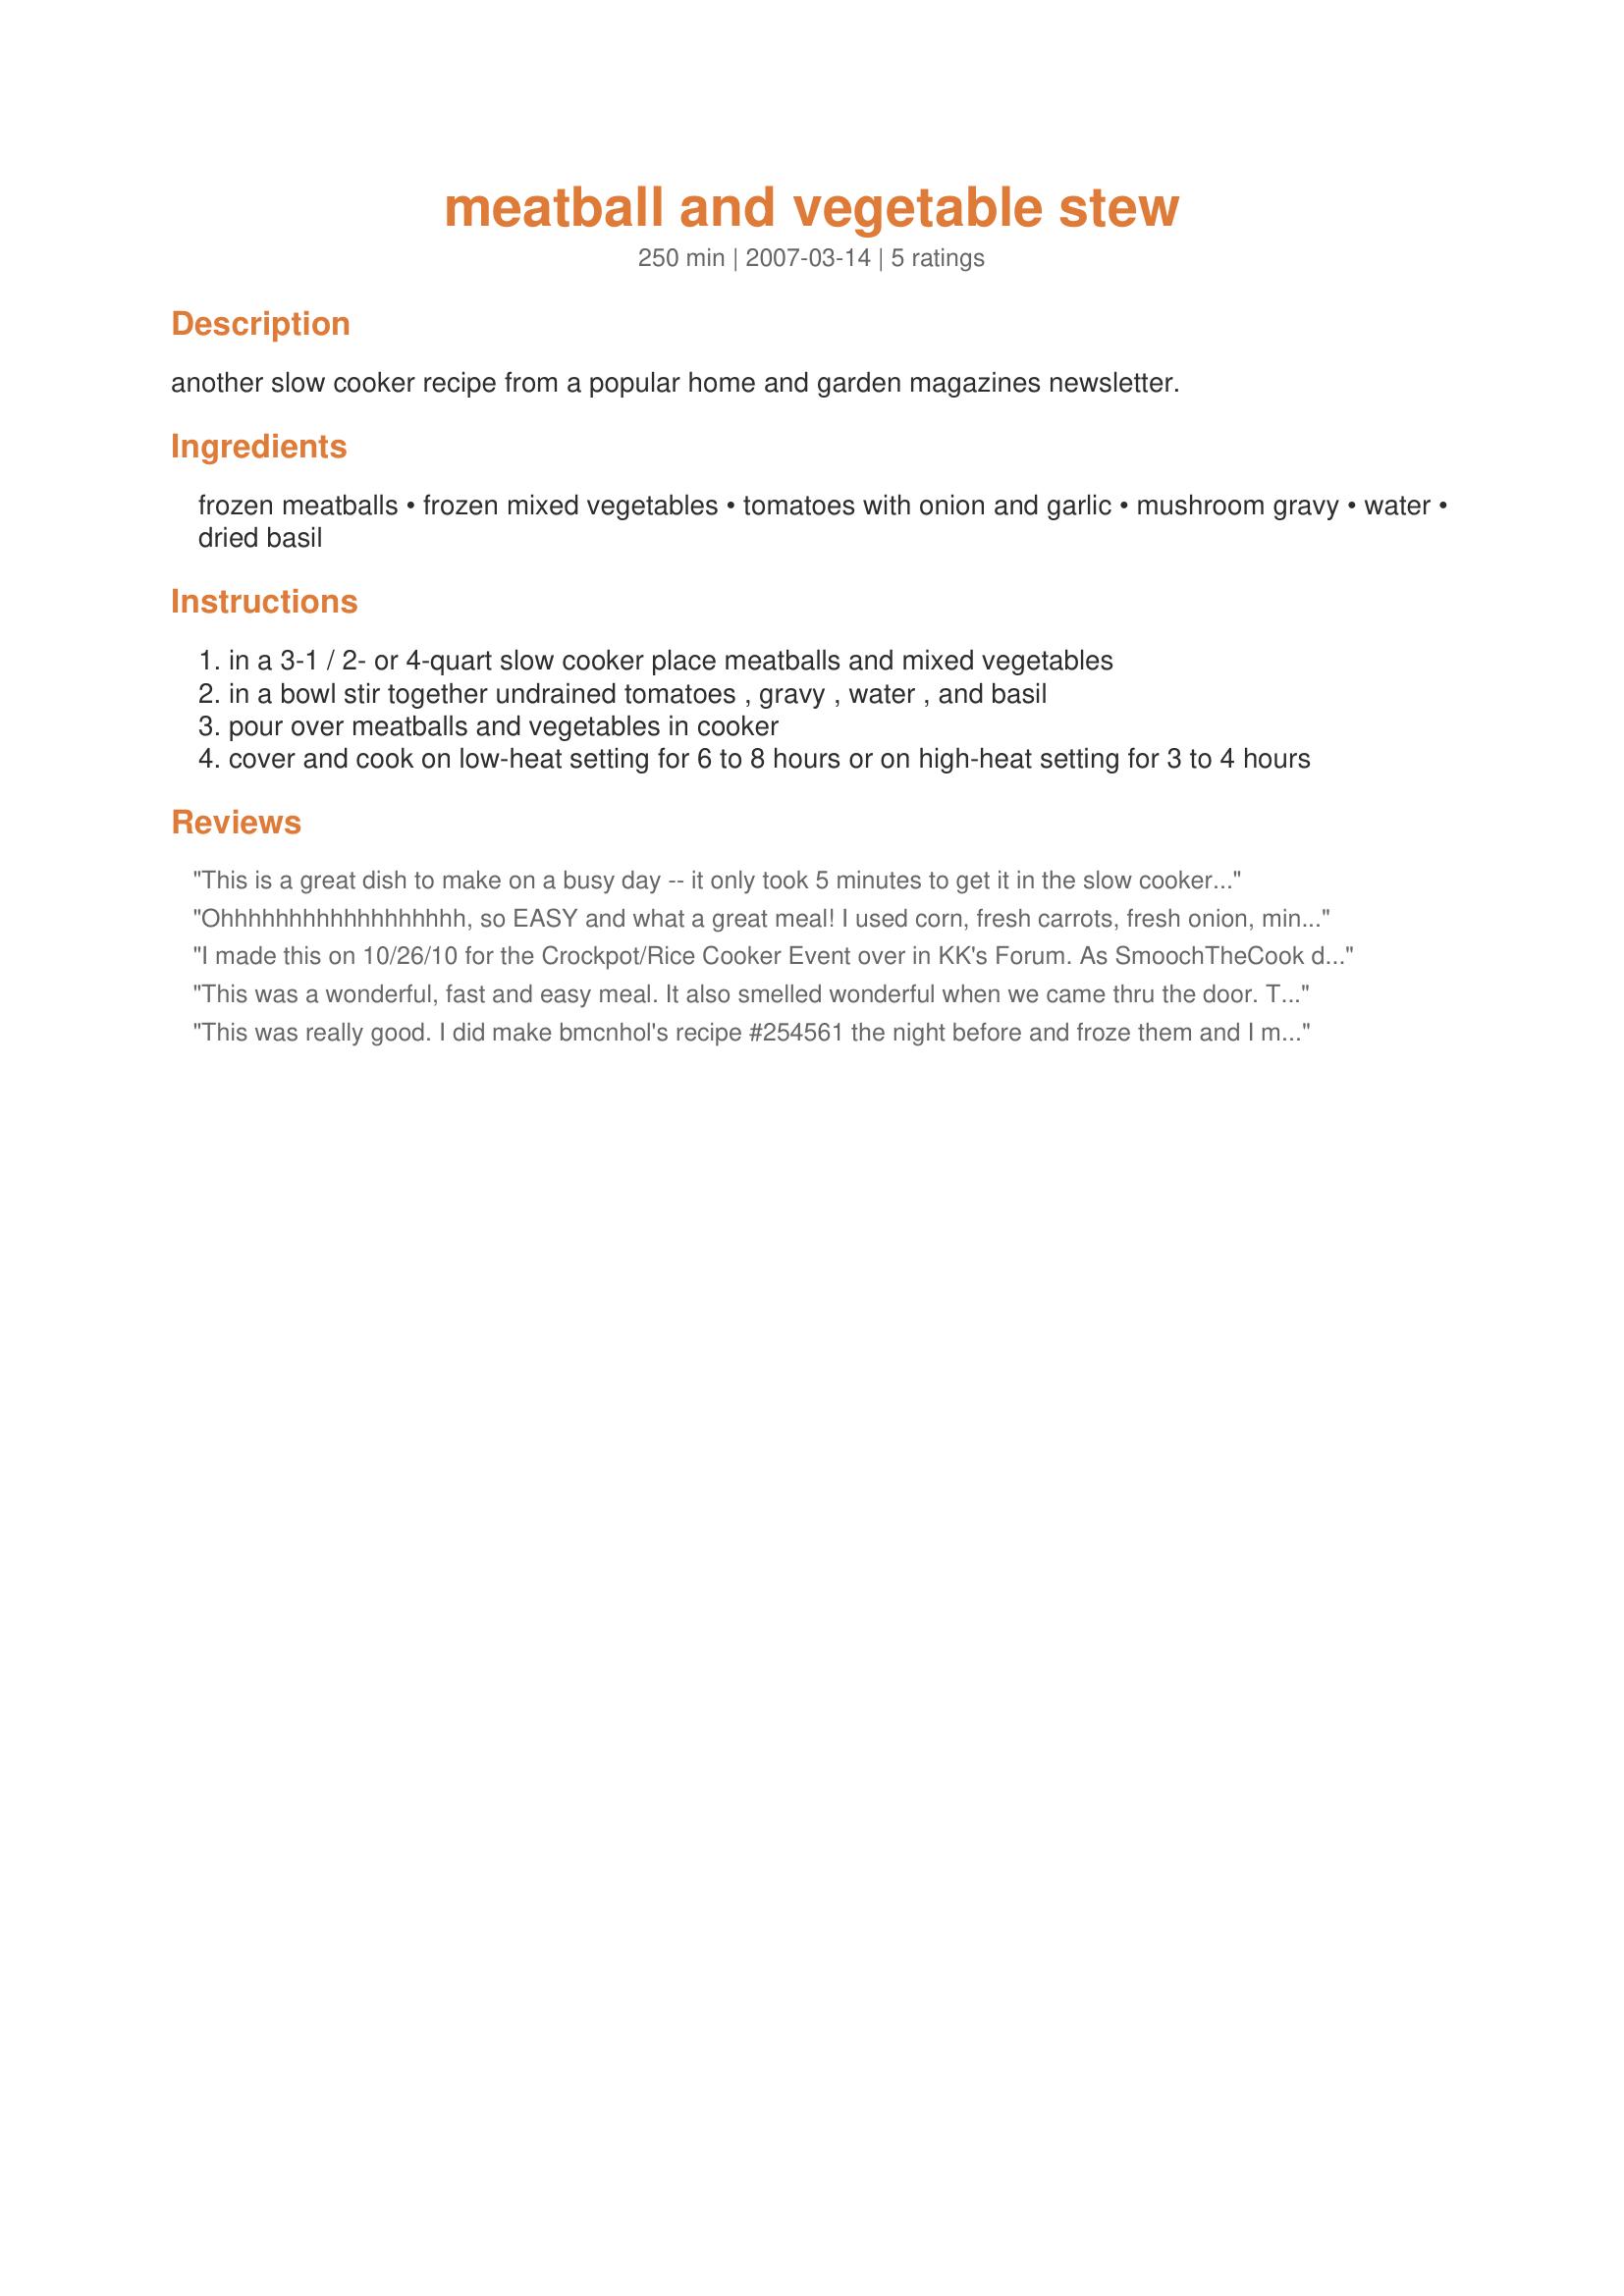
meatball and vegetable stew
Preparation time: 250 minutes

another slow cooker recipe from a popular home and garden magazines newsletter.

Ingredients:
frozen meatballs, frozen mixed vegetables, tomatoes with onion and garlic, mushroom gravy, water, dried basil

Steps:
in a 3-1 / 2- or 4-quart slow cooker place meatballs and mixed vegetables
in a bowl stir together undrained tomatoes , gravy , water , and basil
pour over meatballs and vegetables in cooker
cover and cook on low-heat setting for 6 to 8 hours or on high-heat setting for 3 to 4 hours

Reviews:
This is a great dish to make on a busy day -- it only took 5 minutes to get it in the slow cooker!! We enjoyed it, but the meatballs were mushy and kind of bland; I bought Armour brand. Maybe another kind would be better, but I will certainly try it again. (Maybe I'll save some meatballs from making spaghetti; since you put them in frozen, it's a real time saver.) There is enough yummy gravy left that next time I will make rice to go with it. This is a good recipe with hardly any prep time for a busy cook. Thanks, Lauralie41!
Ohhhhhhhhhhhhhhhhhh, so EASY and what a great meal! I used corn, fresh carrots, fresh onion, minced garlic (because I only had plain diced tomatoes), and beef gravy (because my meatballs were chicken and because my son hates mushrooms). Yay, so glad you posted this. Thanks a million!
I made this on 10/26/10 for the Crockpot/Rice Cooker Event over in KK's Forum. As SmoochTheCook did, I too used beef gravy ( I don't care for mushrooms ) There was 1 problem with this recipe. After cooking the meatballs were really,really mushy. If the meatballs were browned a bit before adding them, maybe that might help ? Or adding them closer to the end of the cooking time, couldn't hurt either. But, even with that little problem this recipe had a very nice " Comfort Food " feel to it. Thank you for posting, and " Keep Smiling :) "
This was a wonderful, fast and easy meal. It also smelled wonderful when we came thru the door. Thanks Lauralie for one that we will enjoy again.
This was really good. I did make bmcnhol's recipe #254561 the night before and froze them and I made my own mushroom gravy. The next day I threw it all in the crockpot and stirred it together, and after church we had a delicious meal awaiting us. Thanks for posting!
